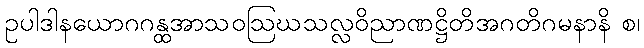
ဥပါဒါနယောဂဂန္ထအာသဝဩဃသလ္လဝိညာဏဋ္ဌိတိအဂတိဂမနာနိ စ၊